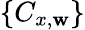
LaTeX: \{ C_{x,\mathbf{w}}\}